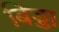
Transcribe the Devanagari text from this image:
बिड्डा